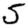
Digit: 5